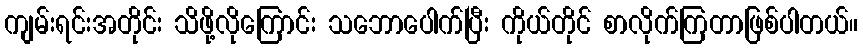
ကျမ်းရင်းအတိုင်း သိဖို့လိုကြောင်း သဘောပေါက်ပြီး ကိုယ်တိုင် စာလိုက်ကြတာဖြစ်ပါတယ်။